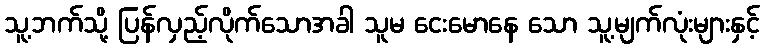
သူ့ဘက်သို့ ပြန်လှည့်လိုက်သောအခါ သူမ ငေးမောနေ သော သူ့မျက်လုံးများနှင့်